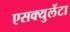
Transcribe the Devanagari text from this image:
एसक्युलेंटा